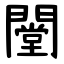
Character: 闛